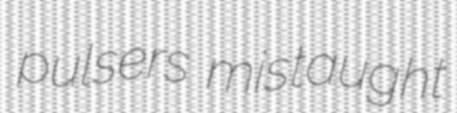
pulsers mistaught